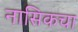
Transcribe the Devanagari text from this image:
नासिकचा